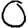
Digit: 0